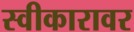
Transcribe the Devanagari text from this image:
स्वीकारावर